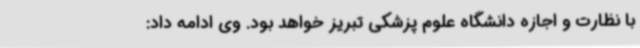
با نظارت و اجازه دانشگاه علوم پزشکی تبریز خواهد بود. وی ادامه داد: